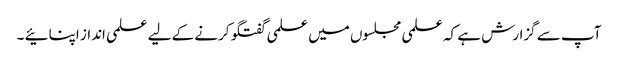
آپ سے گزارش ہے کہ علمی مجلسوں میں علمی گفتگو کرنے کے لیے علمی انداز اپنائیے ۔